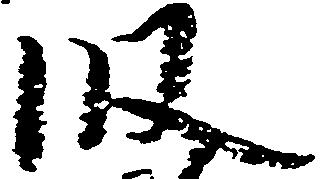
段